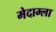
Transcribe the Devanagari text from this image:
मेदाम्ला